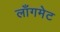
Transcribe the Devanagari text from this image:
लाँगमेट